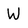
Character: W